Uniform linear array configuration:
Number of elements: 12
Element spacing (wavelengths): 0.25
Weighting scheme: binomial
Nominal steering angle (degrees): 30
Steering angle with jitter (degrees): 28.224
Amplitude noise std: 0.05
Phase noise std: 0.05

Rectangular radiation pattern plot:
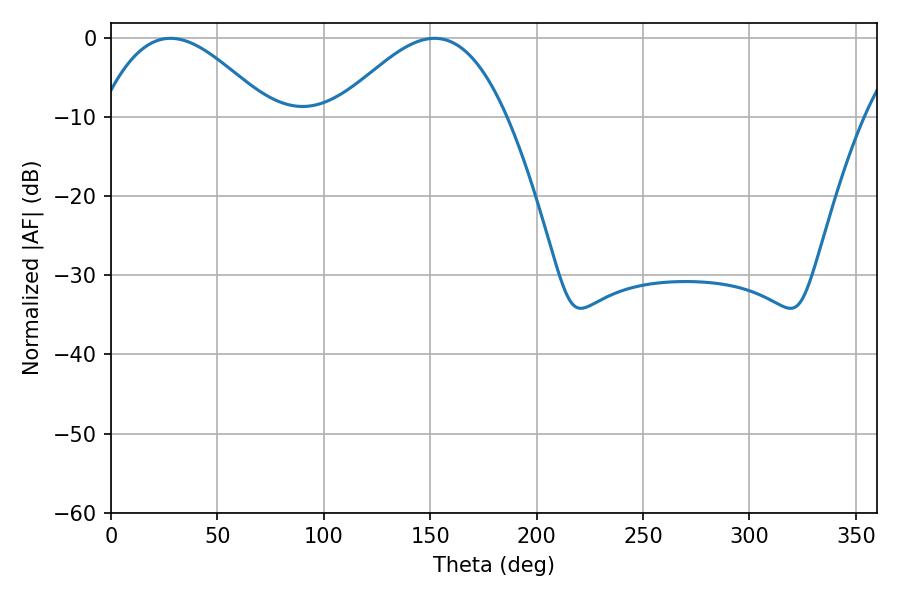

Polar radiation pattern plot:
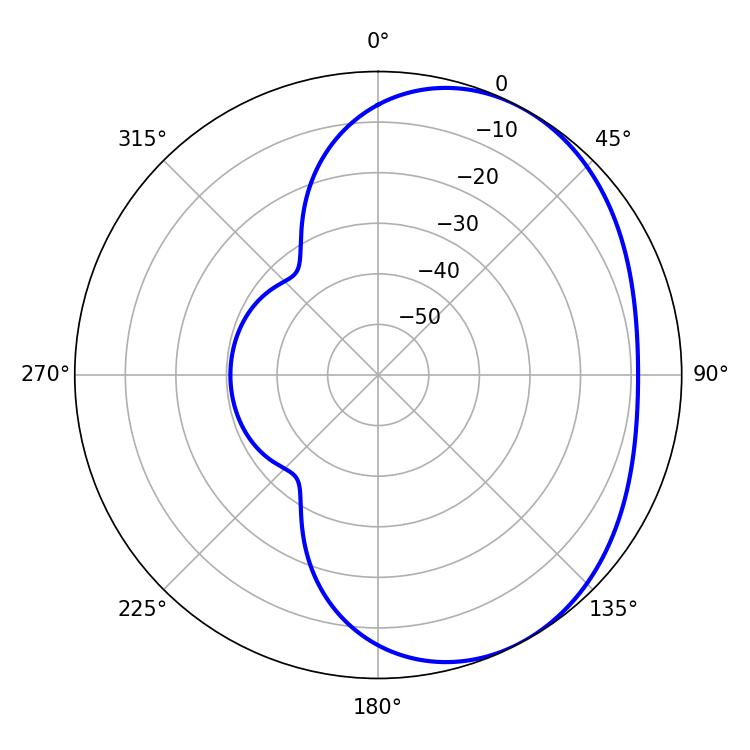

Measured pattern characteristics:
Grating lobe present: FALSE
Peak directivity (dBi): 3.538
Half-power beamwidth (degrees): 43.2
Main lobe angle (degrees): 27.9